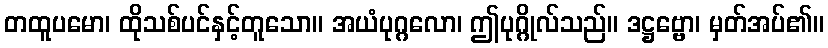
တထူပမော၊ ထိုသစ်ပင်နှင့်တူသော။ အယံပုဂ္ဂလော၊ ဤပုဂ္ဂိုလ်သည်။ ဒဋ္ဌဗ္ဗော၊ မှတ်အပ်၏။